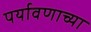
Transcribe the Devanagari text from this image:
पर्यावणाच्या